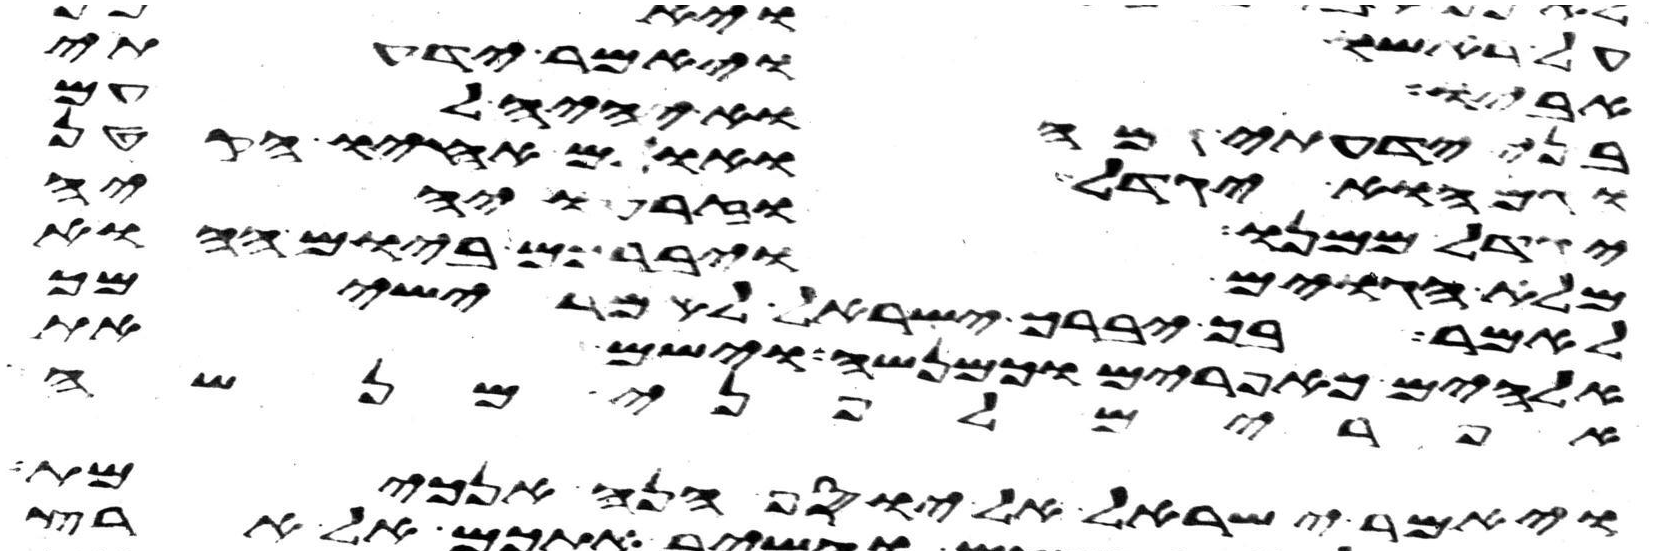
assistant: ויאמר ידעתי
אל יוציאם מיד כתים
בני ידעתי גם הוא יהיה לעם
וגם הוא יגדל ואולם אחיו הקטן
יגדל ממנו וזרעו יהיה
מלא הגוים ויברכם ביום ההוא
לאמר בך יברך ישראל לאמר ישימך
אלהים כאפרים וכמנשה וישם את
אפרים לפני מנשה
ויאמר ישראל אל יוסף הנה אנכי מת